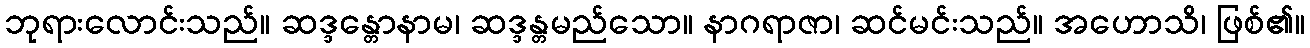
ဘုရားလောင်းသည်။ ဆဒ္ဒန္တောနာမ၊ ဆဒ္ဒန္တမည်သော။ နာဂရာဇာ၊ ဆင်မင်းသည်။ အဟောသိ၊ ဖြစ်၏။